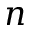
n